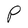
Character: P